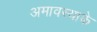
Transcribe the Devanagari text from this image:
अमावस्याके